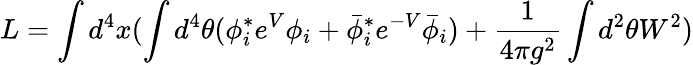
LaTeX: L=\int d^{4}x(\int d^{4}\theta(\phi_{i}^{*}e^{V}\phi_{i}+\bar{\phi}_{i}^{*}e^{-V}\bar{\phi}_{i})+{\frac{1}{4\pi g^{2}}}\int d^{2}\theta W^{2})